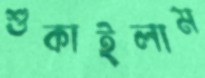
শুকাইলাম